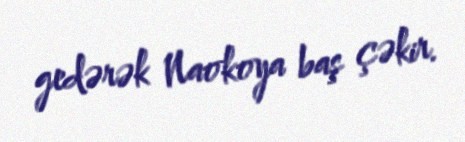
gedərək Naokoya baş çəkir.